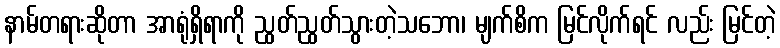
နာမ်တရားဆိုတာ အာရုံရှိရာကို ညွတ်ညွတ်သွားတဲ့သဘော၊ မျက်စိက မြင်လိုက်ရင် လည်း မြင်တဲ့